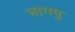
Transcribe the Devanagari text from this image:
नागपु